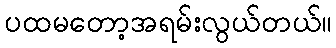
ပထမတော့အရမ်းလွယ်တယ်။